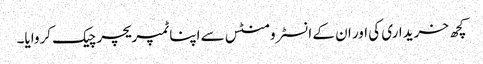
کچھ خریداری کی اور ان کے انسٹرومنٹس سے اپنا ٹمپریچر چیک کروایا۔